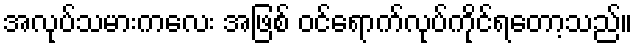
အလုပ်သမားကလေး အဖြစ် ဝင်ရောက်လုပ်ကိုင်ရတော့သည်။